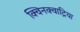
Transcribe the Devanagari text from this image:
क्विनक्वाट्रिया